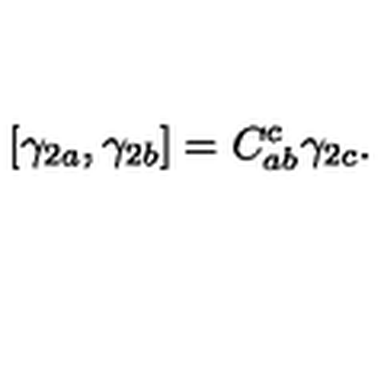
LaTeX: \left[ \gamma _ { 2 a } , \gamma _ { 2 b } \right] = C _ { a b } ^ { c } \gamma _ { 2 c } .